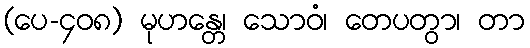
(ပေ-၄၀၈) မုဟန္တေ၊ သောဝံ၊ တေပတွာ၊ တာ